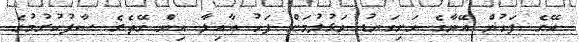
އޭގެ ފަހުން އޭނާގެ ހަށިގަނޑު ވަޅުލުމަށް ފަހު އާއިލާ އިން ގޭތެރެ ސާފުކުރުމުގެ